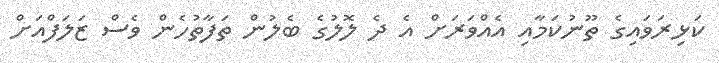
ކަޅިރަވައިގެ ތޫނުކަމާއި އެއްވަރަށް އެ ދެ ލޮލުގެ ބެލުން ތަފާތުހެން ވެސް ޒަލަފްއަށް